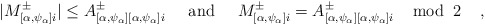
\begin{align*} |M^{\pm}_{[\alpha, \psi_{\alpha}]i}| \leq A^\pm_{[\alpha, \psi_{\alpha}][\alpha, \psi_{\alpha}]i} \;\;\;\;\; {\rm and} \;\;\;\;\; M^\pm_{[\alpha, \psi_{\alpha}]i} = A^\pm_{[\alpha, \psi_{\alpha}][\alpha, \psi_{\alpha}]i} \;\;\;\; {\rm mod} \;\; 2 \;\;\;\; ,\end{align*}